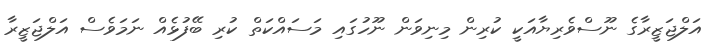
އަލްޖަޒީރާގެ ނޫސްވެރިޔާއަކީ ކުރިން މިނިވަން ނޫހުގައި މަސައްކަތް ކުރި ބޭފުޅެއް ނަމަވެސް އަލްޖަޒީރާ